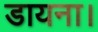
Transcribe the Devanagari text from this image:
डायना।